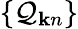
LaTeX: \{ \mathcal{Q}_{{\mathbf{k}}n}\}